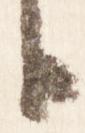
臣